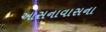
આસનાવાસના